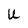
Character: U